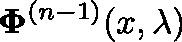
\mathbf { \Phi } ^ { ( n - 1 ) } ( x , \lambda )